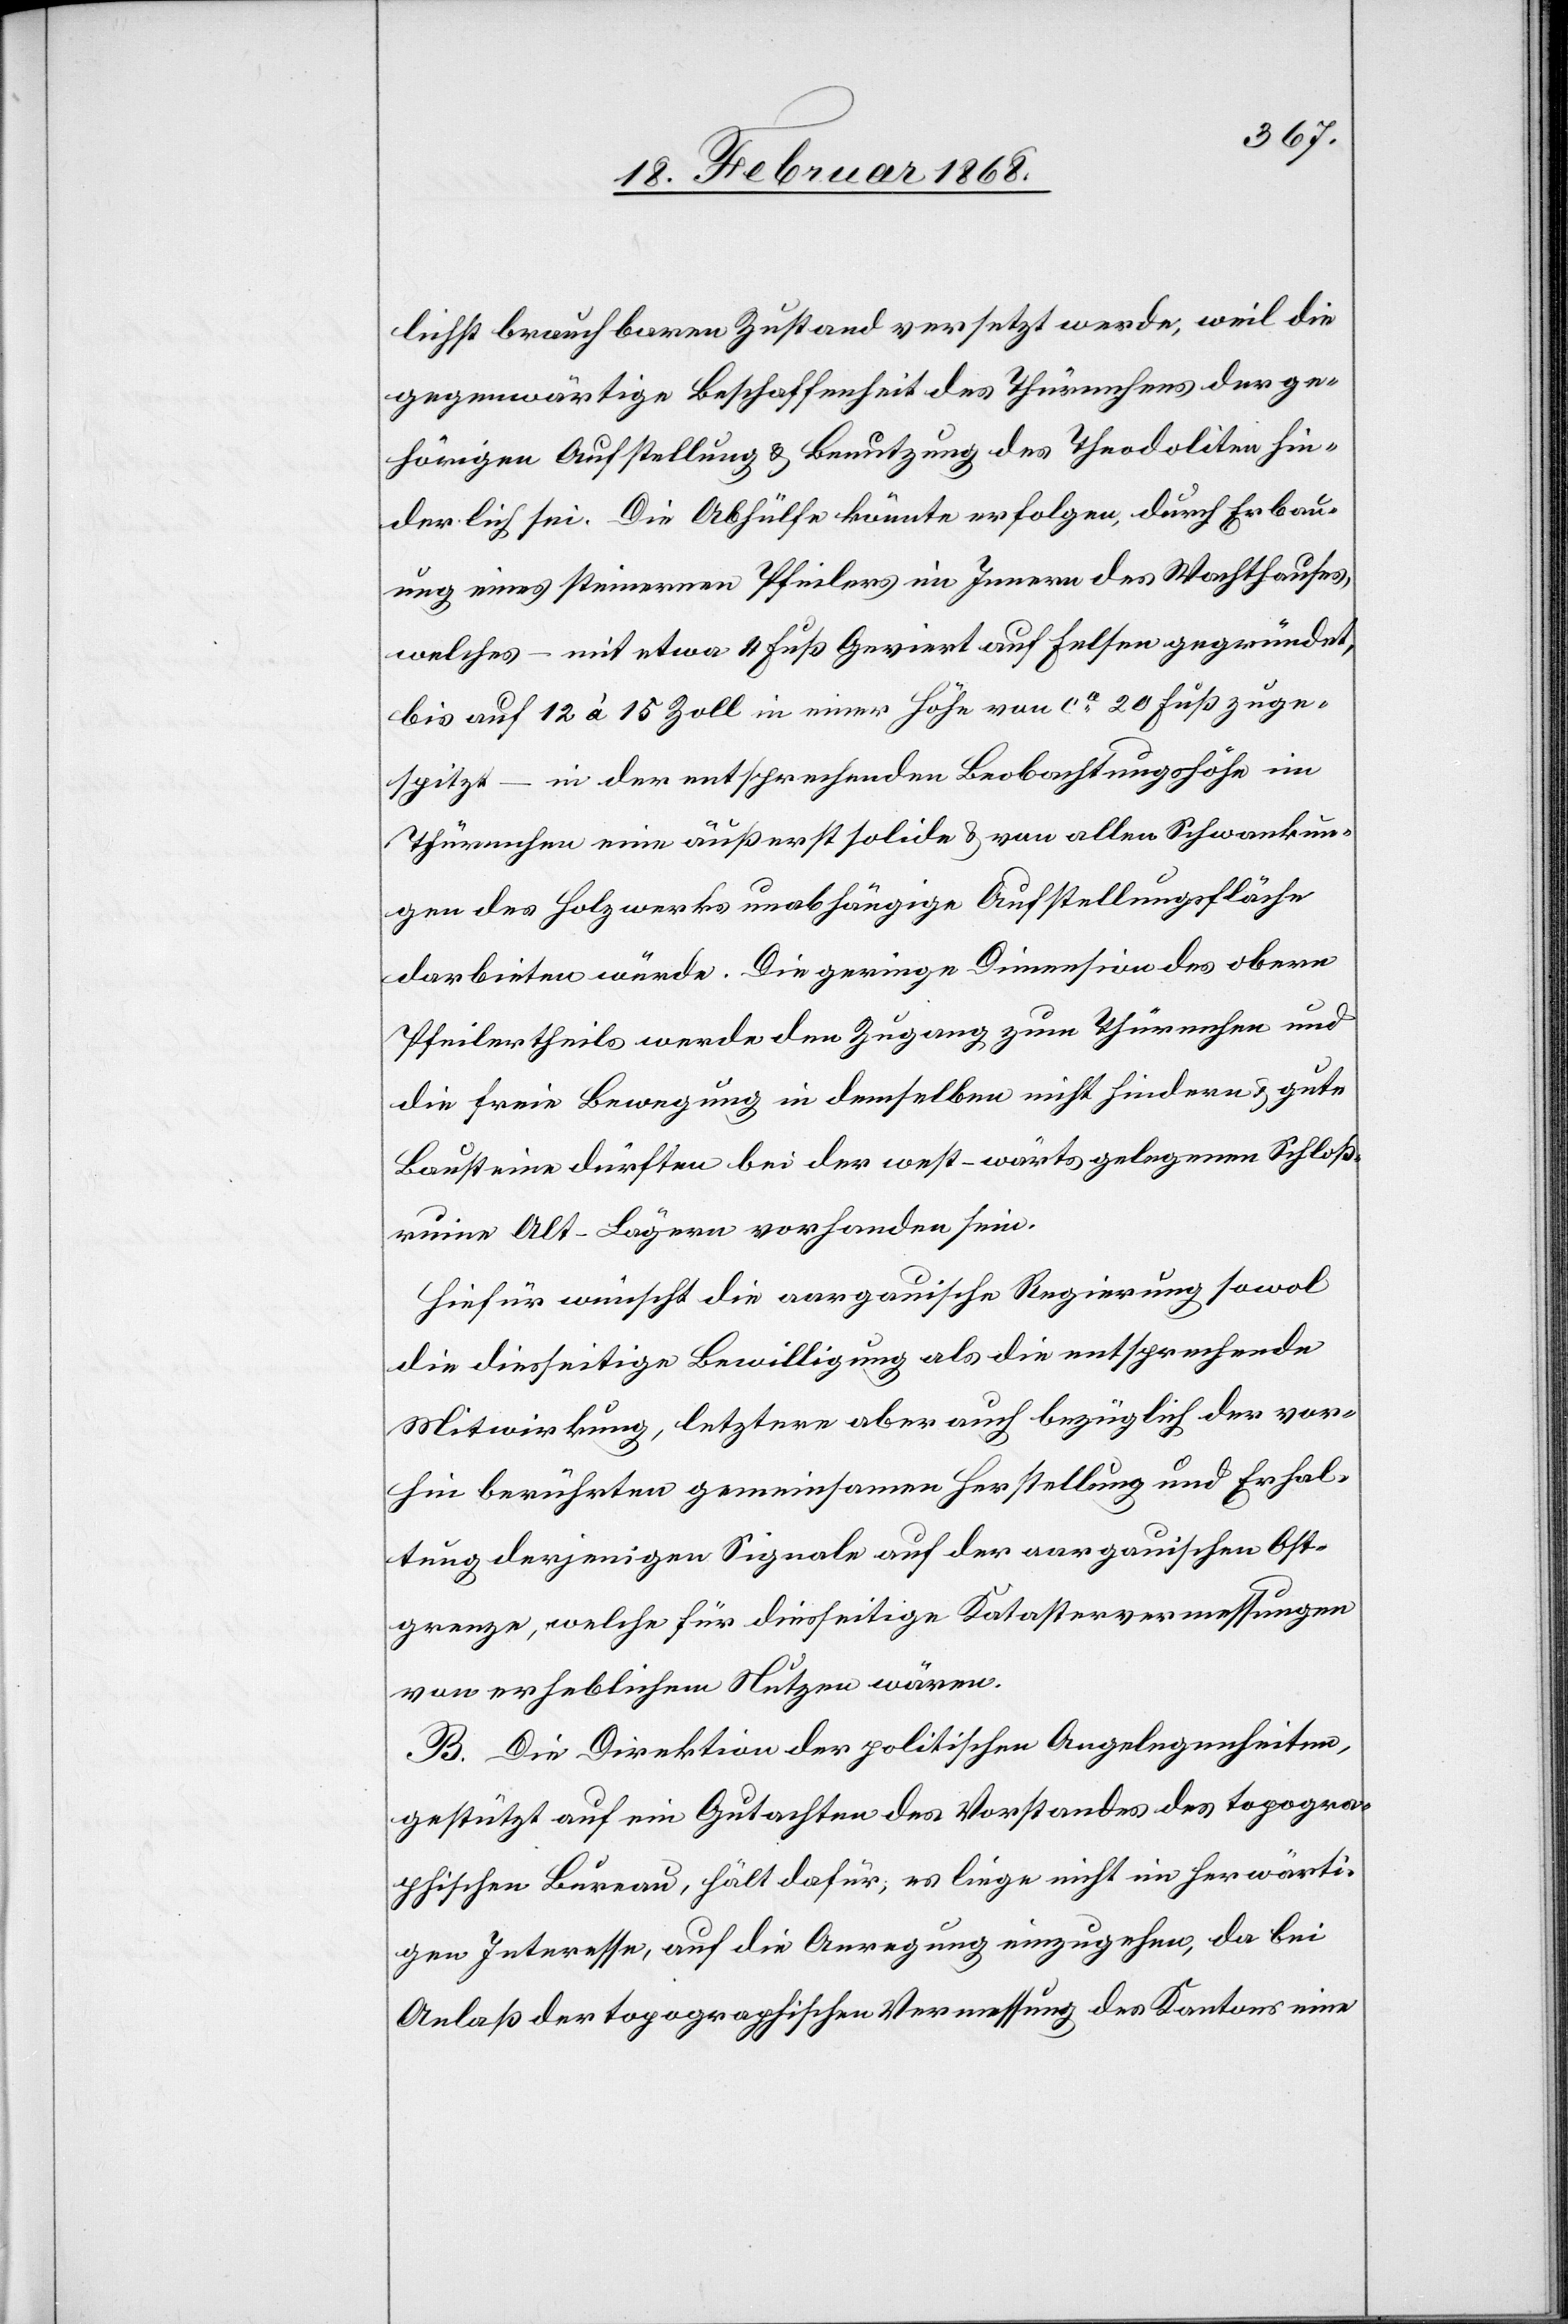
lichst brauchbaren Zustand versetzt werde, weil die
gegenwärtige Beschaffenheit des Thürmchens der ge¬
hörigen Aufstellung & Benutzung des Theodoliten hin¬
derlich sei. Die Abhülfe könnte erfolgen, durch Erbau¬
ung eines steinernen Pfeilers im Innern des Wachthauses,
welches – mit etwa 4 Fuß Geviert auf Felsen gegründet,
bis auf 12 à 15 Zoll in einer Höhe von ca. 20 Fuß zuge¬
spitzt – in der entsprechenden Beobachtungshöhe im
Thürmchen eine äußerst solide & von allen Schwankun¬
gen des Holzwerkes unabhängige Aufstellungsfläche
darbieten würde. Die geringe Dimension des obern
Pfeilertheils werde den Zugang zum Thürmchen und
die freie Bewegung in demselben nicht hindern & gute
Bausteine dürften bei der west-wärts gelegenen Schloß¬
ruine Alt-Lägern vorhanden sein.
Hiefür wünscht die aargauische Regierung sowol
die diesseitige Bewilligung als die entsprechende
Mitwirkung, letztere aber auch bezüglich der vor¬
hin berührten gemeinsamen Herstellung und Erhal¬
tung derjenigen Signale auf der aargauischen Ost¬
grenze, welche für diesseitige Katastervermessungen
von erheblichem Nutzen wären.
B. Die Direktion der politischen Angelegenheiten,
gestützt auf ein Gutachten des Vorstandes des topogra¬
phischen Bureau, hält dafür, es liege nicht im herwärti¬
gen Interesse, auf die Anregung einzugehen, da bei
Anlaß der topographischen Vermessung des Kantons eine